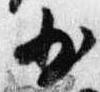
少